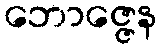
ဘောဇ္ဇေန